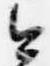
今